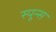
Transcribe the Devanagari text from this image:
स्पून्स